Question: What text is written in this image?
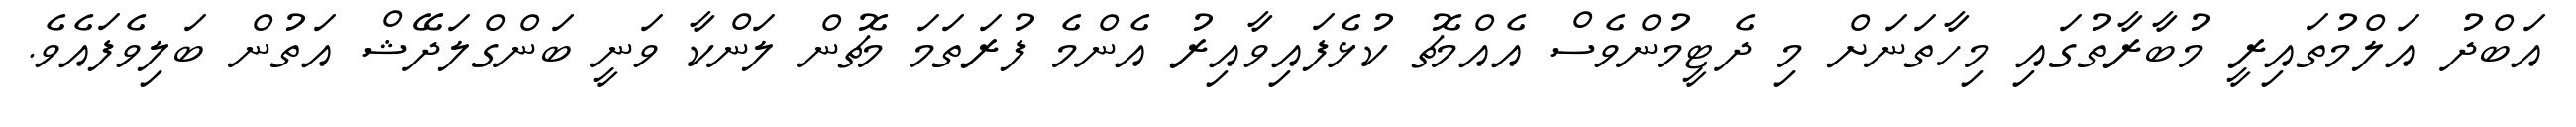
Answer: އަބްދު އަލްމުތައިރީ މުބާރާތުގައި މިހާތަނަށް މި ދެޓީމުންވެސް އެއްމެޗު ކުޅެފައިވާއިރު އެންމެ ފުރަތަމަ މެޗުން ލަންކާ ވަނީ ބަންގްލަދޭޝް އަތުން ބަލިވެފައެވެ.